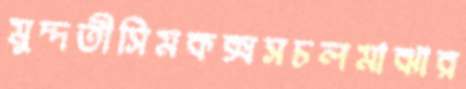
মুদ্দতীসিমকক্সসচলমাঝার